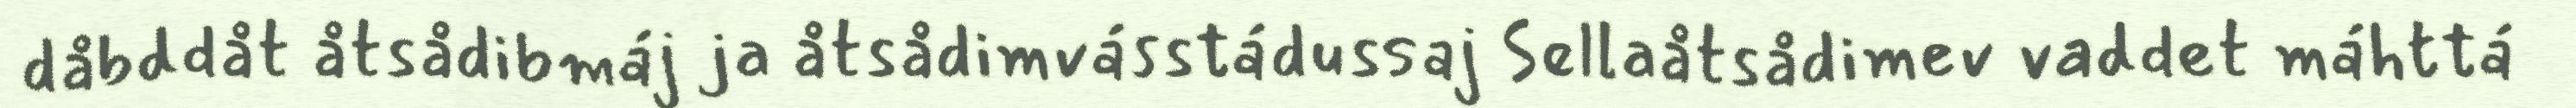
dåbddåt åtsådibmáj ja åtsådimvásstádussaj Sellaåtsådimev vaddet máhttá